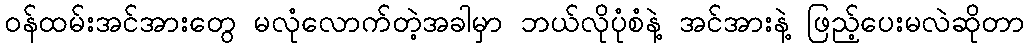
ဝန်ထမ်းအင်အားတွေ မလုံလောက်တဲ့အခါမှာ ဘယ်လိုပုံစံနဲ့ အင်အားနဲ့ ဖြည့်ပေးမလဲဆိုတာ